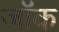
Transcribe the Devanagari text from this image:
जाॅक